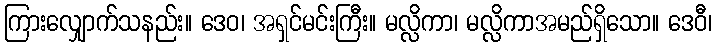
ကြားလျှောက်သနည်း။ ဒေဝ၊ အရှင်မင်းကြီး။ မလ္လိကာ၊ မလ္လိကာအမည်ရှိသော။ ဒေဝီ၊